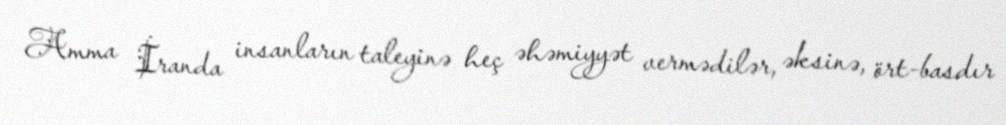
Amma İranda insanların taleyinə heç əhəmiyyət vermədilər, əksinə, ört-basdır